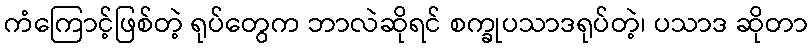
ကံကြောင့်ဖြစ်တဲ့ ရုပ်တွေက ဘာလဲဆိုရင် စက္ခုပသာဒရုပ်တဲ့၊ ပသာဒ ဆိုတာ